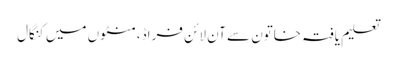
تعلیم یافتہ خاتون سے آن لائن فراڈ، منٹوں میں کنگال